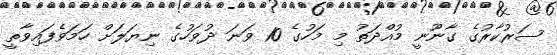
ސަރުކާރުގެ ގާނޫނީ މުއްދަތު މި މަހުގެ 10 ވަނަ ދުވަހުގެ ނިޔަލަށް ހަމަވެފައިވާތީ